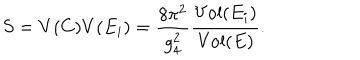
S = V ( C ) V ( E _ { i } ) = \frac { 8 \pi ^ { 2 } } { g _ { 4 } ^ { 2 } } \frac { \mathrm { V o l } ( E _ { i } ) } { \mathrm { V o l } ( E ) } .